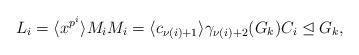
LaTeX: \begin{align*} L_i = \langle x^{p^i} \rangle M_i M_i = \langle c_{\nu(i)+1} \rangle \gamma_{\nu(i)+2}(G_k) C_i \trianglelefteq G_k, \end{align*}